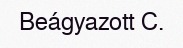
Beágyazott C.